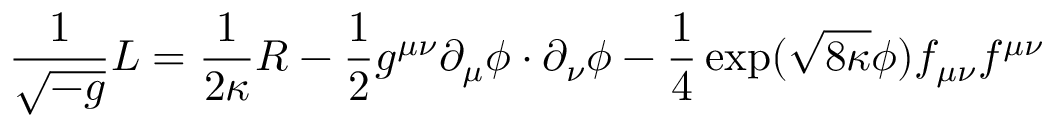
\frac { 1 } { \sqrt { - g } } { \cal L } = \frac { 1 } { 2 \kappa } R - \frac { 1 } { 2 } g ^ { \mu \nu } \partial _ { \mu } \phi \cdot \partial _ { \nu } \phi - \frac { 1 } { 4 } \exp ( \sqrt { 8 \kappa } \phi ) f _ { \mu \nu } f ^ { \mu \nu }